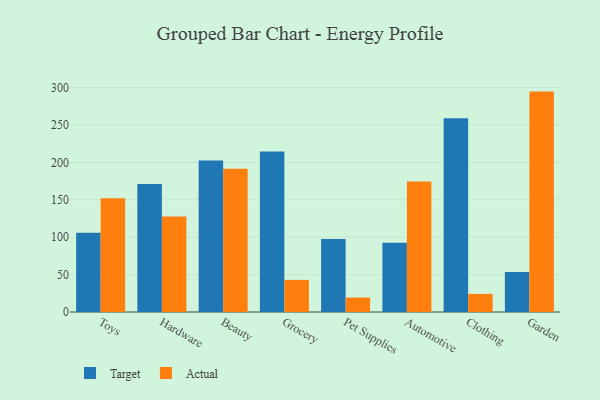
{"axis": {"x": "Category", "y": "Energy Usage (MWh)"}, "legend": ["Actual", "Target"], "data": [{"x": "Toys", "y": 105.9, "type": "Target"}, {"x": "Toys", "y": 151.9, "type": "Actual"}, {"x": "Hardware", "y": 171.0, "type": "Target"}, {"x": "Hardware", "y": 127.8, "type": "Actual"}, {"x": "Beauty", "y": 202.5, "type": "Target"}, {"x": "Beauty", "y": 191.5, "type": "Actual"}, {"x": "Grocery", "y": 214.6, "type": "Target"}, {"x": "Grocery", "y": 42.9, "type": "Actual"}, {"x": "Pet Supplies", "y": 97.7, "type": "Target"}, {"x": "Pet Supplies", "y": 19.3, "type": "Actual"}, {"x": "Automotive", "y": 92.6, "type": "Target"}, {"x": "Automotive", "y": 174.3, "type": "Actual"}, {"x": "Clothing", "y": 259.1, "type": "Target"}, {"x": "Clothing", "y": 24.2, "type": "Actual"}, {"x": "Garden", "y": 53.5, "type": "Target"}, {"x": "Garden", "y": 294.6, "type": "Actual"}]}